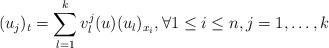
LaTeX: \begin{align*}(u_{j})_t=\sum_{l=1}^k v^{j}_{l}(u)(u_l)_{x_i}, \forall 1\leq i\leq n,j=1,\dots,k\end{align*}